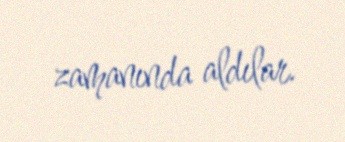
zamanında aldılar.